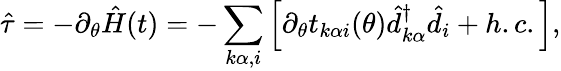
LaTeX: \hat{\tau}=-\partial_{\theta}\hat{H}(t)=-\sum_{k\alpha,i}\left[\partial_{\theta}t_{k\alpha i}(\theta)\hat{d}_{k\alpha}^{\dagger}\hat{d}_{i}+h.c.\right],